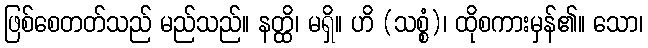
ဖြစ်စေတတ်သည် မည်သည်။ နတ္ထိ၊ မရှိ။ ဟိ (သစ္စံ)၊ ထိုစကားမှန်၏။ သော၊